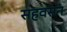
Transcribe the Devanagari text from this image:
सहवसन